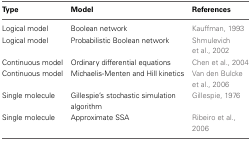
| Type | Model | References |
 | --- | --- | --- |
 | Logical model | Boolean network | Kauffman, 1993 |
 | Logical model | Probabilistic Boolean network | Shmulevich et al., 2002 |
 | Continuous model | Ordinary differential equations | Chen et al., 2004 |
 | Continuous model | Michaelis-Menten and Hill kinetics | Van den Bulcke et al., 2006 |
 | Single molecule | Gillespie's stochastic simulation algorithm | Gillespie, 1976 |
 | Single molecule | Approximate SSA | Ribeiro et al., 2006 |